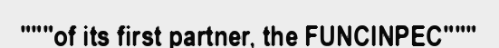
"""of its first partner, the FUNCINPEC"""